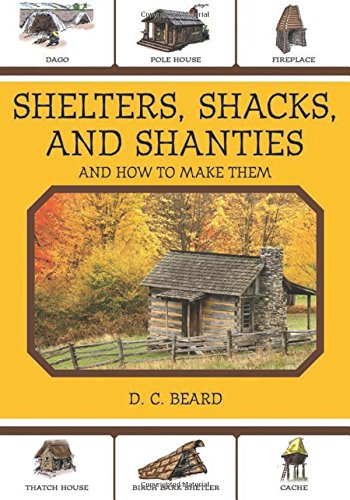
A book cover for Shelters, Shacks, and Shanties: And How to Make Them; D. C. Beard; Crafts, Hobbies & Home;